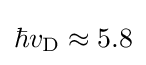
\hbar v_{\rm {D}}\approx 5.8